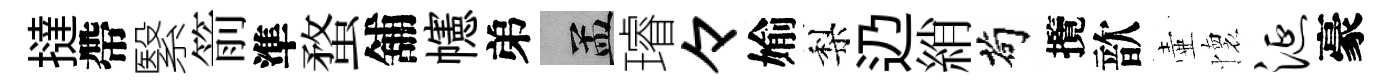
撻帶繄箭準蝥舖幰弟汴璿々媮梨辸綃茍攬歆壷懷涎豪